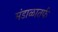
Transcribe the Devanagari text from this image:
मंडाळातर्फ